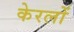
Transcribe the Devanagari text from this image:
केरलों